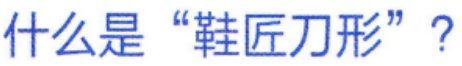
什么是“鞋匠刀形”？